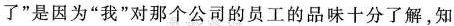
了"是因为“我”对那个公司的员工的品味十分了解，知